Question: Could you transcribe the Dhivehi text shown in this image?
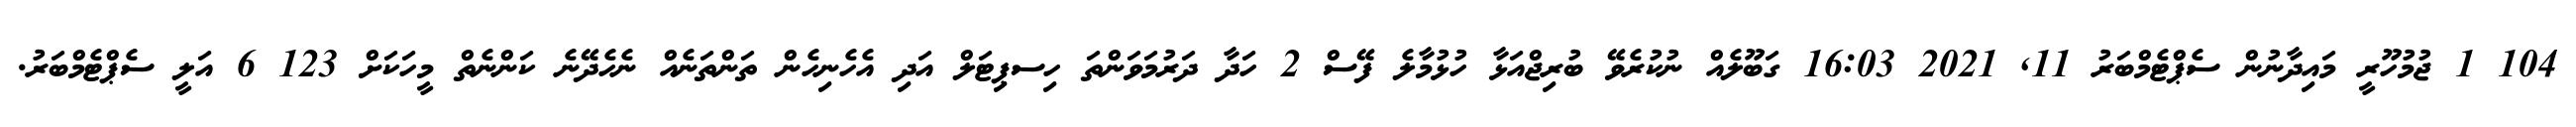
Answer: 104 1 ޖުމުހޫރީ މައިދާނުން ސެޕްޓެމްބަރު 11, 2021 16:03 ގަބޫލެއް ނުކުރެވޭ ބުރިޖްއަޅާ ހުޅުމާލެ ފޭސް 2 ހަދާ ދަރުމަވަންތަ ހިސޕިޓަލް އަދި އެހެނިހެން ތަންތަނެއް ނެހެދޭނެ ކަންނެތް މީހަކަށް 123 6 އަލީ ސެޕްޓެމްބަރު.